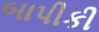
બાપીકી